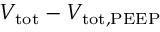
V _ { \mathrm { t o t } } - V _ { \mathrm { t o t , P E E P } }